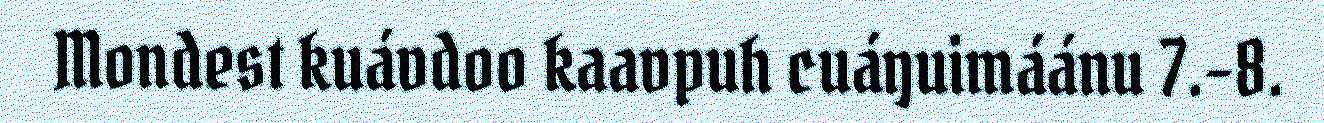
Mondest kuávdoo kaavpuh cuáŋuimáánu 7.–8.